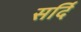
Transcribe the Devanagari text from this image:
सर्दि